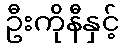
ဦးကိုနီနှင့်